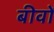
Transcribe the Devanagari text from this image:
बीवों